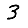
Digit: 3